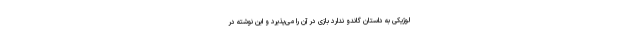
لوژیکی به داستان گاندو ندارد بازی در آن را می‌پذیرد و این نوشته در